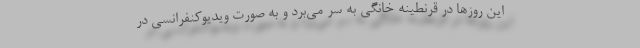
این روزها در قرنطینه خانگی به سر می‌برد و به صورت ویدیوکنفرانسی در